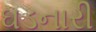
ઘડનારી